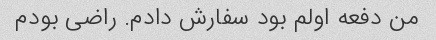
من دفعه اولم بود سفارش دادم. راضی بودم